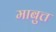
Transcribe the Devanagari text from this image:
माबुत्त